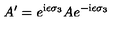
A ^ { \prime } = e ^ { \mathrm { i } \epsilon \sigma _ { 3 } } A e ^ { - \mathrm { i } \epsilon \sigma _ { 3 } }